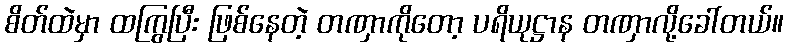
စိတ်ထဲမှာ ထကြွပြီး ဖြစ်နေတဲ့ တဏှာကိုတော့ ပရိယုဋ္ဌာန တဏှာလို့ခေါ်တယ်။